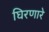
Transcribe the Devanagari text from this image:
घिरणारे